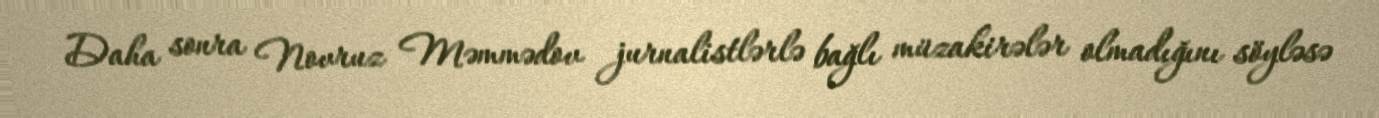
Daha sonra Novruz Məmmədov jurnalistlərlə bağlı müzakirələr olmadığını söyləsə